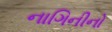
નાગિનીનો